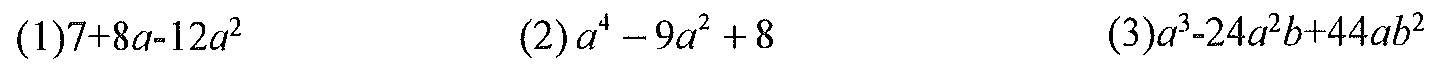
(1)\(7 + 8a - 12a^{2}\)  (2)\(a^{4}-9a^{2}+8\)  (3)\(a^{3}-24a^{2}b + 44ab^{2}\)